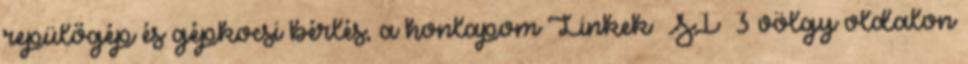
repülőgép és gépkocsi bérlés, a honlapom Linkek SÍ 3 völgy oldalon